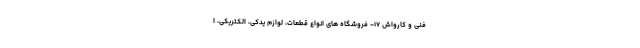
فنی و کارواش ۱۷- فروشگاه های انواع قطعات، لوازم یدکی، الکتریکی، ا